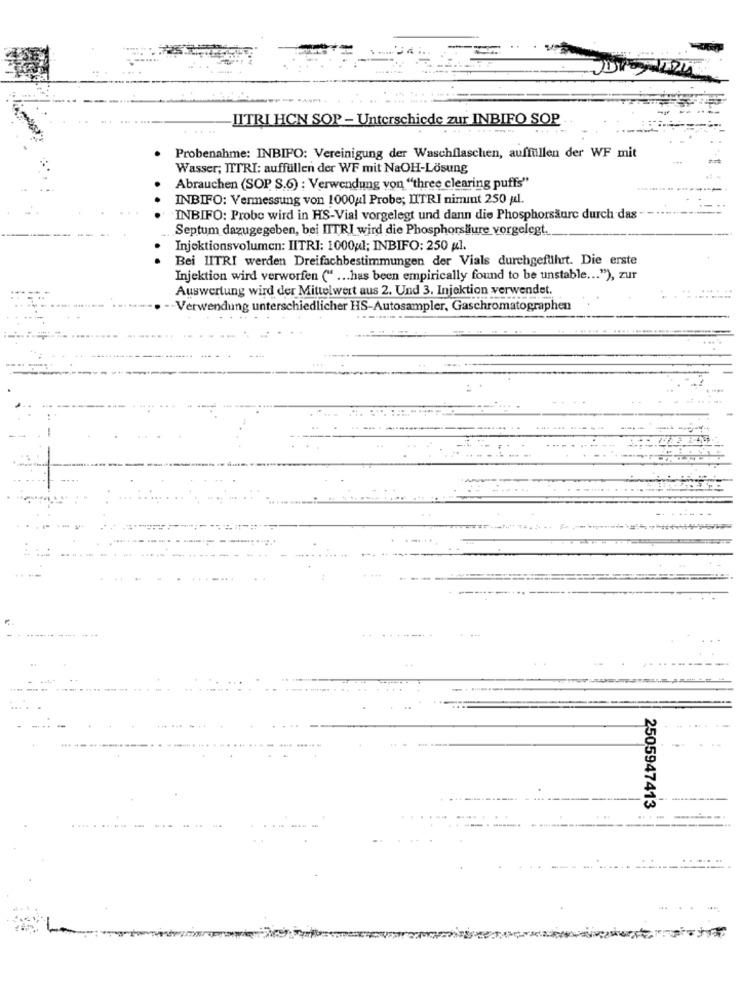
LITRI HCN SOP - Unterschiede zur INBIFO SOP
Probenahme: INBIFO: Vereinigung der Waschflaschen, auffüllen der WF mit
Wasser; ITTRI: auffüllen der WF mit NaOH-Lösung
Abrauchen (SOP S.6) : Verwendung von "three clearing puffs"
INBIFO: Vermessung von 1000ul Probe; LITRI nimmt 250 ul.
INBIFO: Probe wird in HS-Vial vorgelegt und dann die Phosphorsäure durch das
Septum dazugegeben, bei IITRI wird die Phosphorsliure vorgelegt.
Injektionsvolumen: IITRI: 1000ul; INBIFO: 250 ul.
Bei LITRI werden Dreifachbestimmungen der Vials durchgeführt. Die erste
Injektion wird verworfen (" ... has been empirically found to be unstable ... "), zur
Auswertung wird der Mittelwert aus 2. Und 3. Injektion verwendet.
-Verwendung unterschiedlicher HS-Autosampler, Gaschromatographen
2505947413